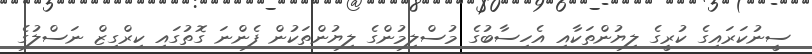
ސީނުކަރައިގެ ކުރީގެ ލިޔުންތަކާއި އެހިސާބުގެ މުސްލިމުންގެ ލިޔުންތަކުން ފެންނަ ގޮތުގައި ކިރްގިޒް ނަސްލުގެ